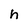
Character: h